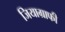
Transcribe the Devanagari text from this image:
जियाग्राफी